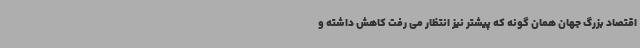
اقتصاد بزرگ جهان همان گونه که پیشتر نیز انتظار می رفت کاهش داشته و